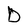
Character: D